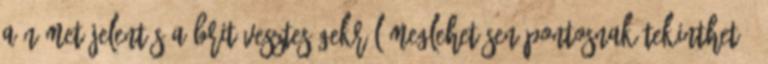
A német jelentés a brit veszteségekről meglehetősen pontosnak tekinthető,